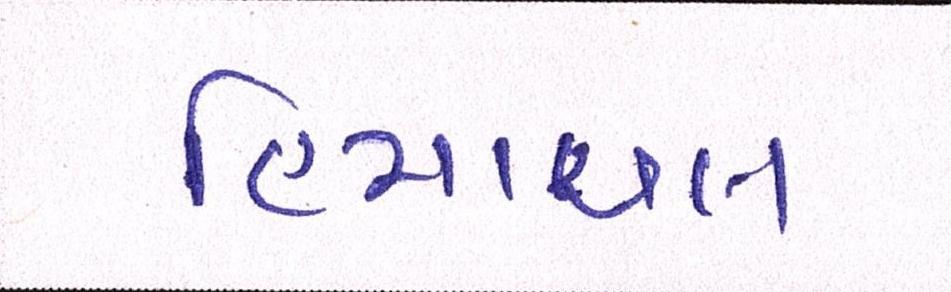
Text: હિમાચલ